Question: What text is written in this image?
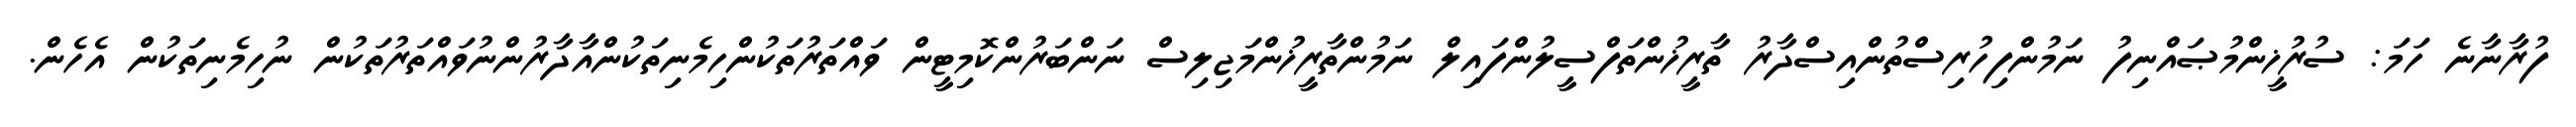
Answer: ފުރާނާނެ ހަމަ: ސުރުޚީންމުޞައްނިފު ނަމުންފިހުރިސްތުންއިސްދާރު ތާރީޚުންތަފްސީލުންފައިލް ނަމުންތާރީޚުންމަޖިލިސް ނަންބަރުންކޮމިޓީން ވައްތަރުތަކުންހިމެނިތަކުންއާދާރުންނުވައްތަރުތަކުން ނުހިމެނިތަކުން އެހެން.